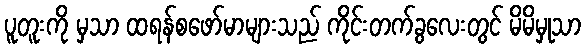
ပူတူးကို မှသာ ထရန်စဖော်မာများသည် ကိုင်းတက်ခွလေးတွင် မိမိမှုသာ